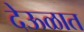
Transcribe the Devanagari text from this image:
देऊळात